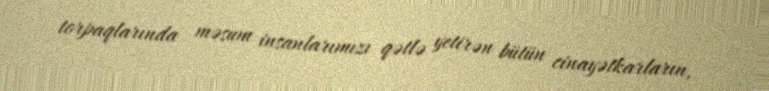
torpaqlarında məsum insanlarımızı qətlə yetirən bütün cinayətkarların,